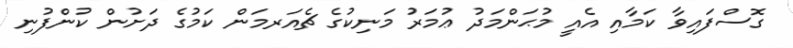
ގޮސްފައިވާ ކަމާއި އެއީ މުޙަންމަދު ޢުމަރު މަނިކުގެ ޗެއަރމަން ކަމުގެ ދަށުން ކުންފުނި